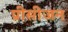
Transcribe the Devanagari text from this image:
प्रीसीजन